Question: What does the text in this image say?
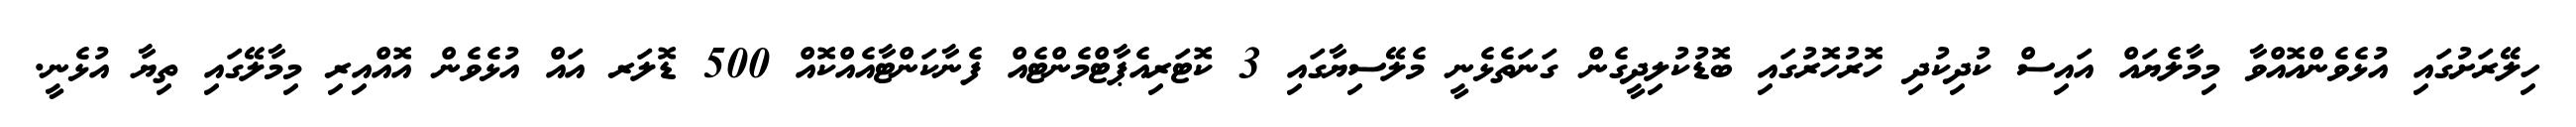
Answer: ހިލޭރަށުގައި އުޅެވެންއޮއްވާ މިމާލެޔައް އައިސް ކުދިކުދި ހޮރުހޮރުގައި ބޮޑުކުލިދީގެން ގަނަތެޅެނީ މެލޭސިޔާގައި 3 ކޮޓަރިއެޕާޓްމެންޓެއް ފެނާކަންޓާއެއްކޮއް 500 ޑޮލަރ އައް އުޅެވެން އޮއްއިރި މިމާލޭގައި ތިޔާ އުޅެނީ.